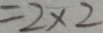
= 2 \times 2